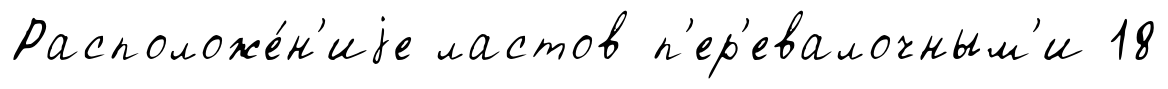
Расположе́н'иjе ластов п'ер'евалочным'и 18